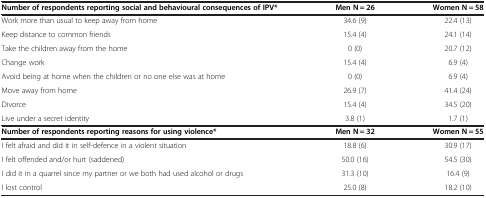
| Number of respondents reporting social and behavioural consequences of IPV* | Men N = 26 | Women N = 58 |
 | --- | --- | --- |
 | Work more than usual to keep away from home | 34.6 (9) | 22.4 (13) |
 | Keep distance to common friends | 15.4 (4) | 24.1 (14) |
 | Take the children away from the home | 0 (0) | 20.7 (12) |
 | Change work | 15.4 (4) | 6.9 (4) |
 | Avoid being at home when the children or no one else was at home | 0 (0) | 6.9 (4) |
 | Move away from home | 26.9 (7) | 41.4 (24) |
 | Divorce | 15.4 (4) | 34.5 (20) |
 | Live under a secret identity | 3.8 (1) | 1.7 (1) |
 | Number of respondents reporting reasons for using violence* | Men N = 32 | Women N = 55 |
 | I felt afraid and did it in self-defence in a violent situation | 18.8 (6) | 30.9 (17) |
 | I felt offended and/or hurt (saddened) | 50.0 (16) | 54.5 (30) |
 | I did it in a quarrel since my partner or we both had used alcohol or drugs | 31.3 (10) | 16.4 (9) |
 | I lost control | 25.0 (8) | 18.2 (10) |